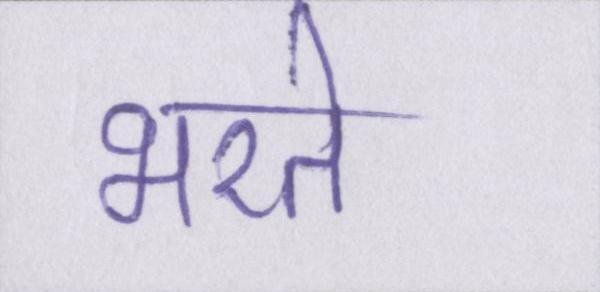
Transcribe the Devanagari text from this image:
भरते